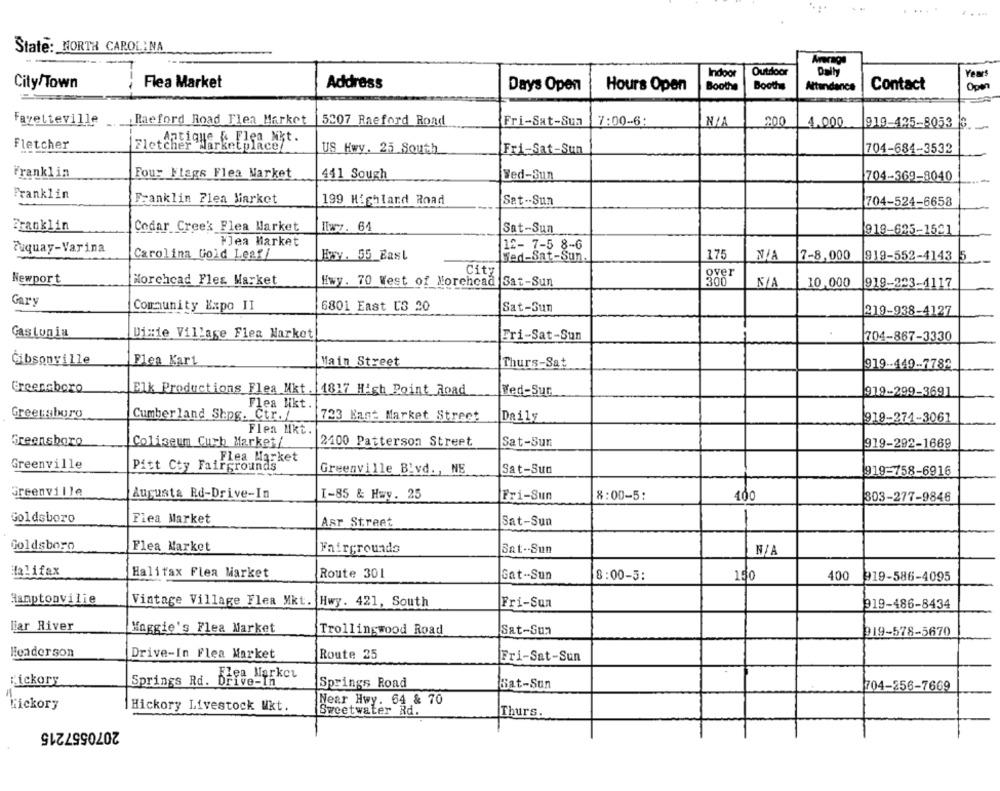
. ...
State: NORTH CAROLINA
Average
Indoor
Outdoor
Daly
Years
City/Town
--
Flea Market
Address
Days Open
Hours Open
Boothe
Booths
Attendance
Contact
Open
Fayetteville __ Raeford Road Flea Market
5207 Raeford Rond
Fri-Sat-Sun
7:00-6
200
4.000
919-435-8053 6.
Antique & Flea Nit.
Fletcher
Fletcher Marketplace/
US Hwy. 25 South
Fri-Sat-Sun
704-684-3532
Franklin
Four Flags Flea Market
411 Sough
Wed-Sun
704-369-8040
Franklin
Franklin Flea Market
199 Highland Road
Sat-Sun
704-524-6658
Franklin
Cedar Creek Flea Market
Itwy. 64
Sat-Sun
919-625-1521
Flea Market
12- 7-5 8-6
Fuquay-Varina
Carolina Gold Leaf/
Esy. 55 Bast
Hed-Sat-Sun.
175
7-8,000
919-552-4143 5
City
over
Newport
Morehead Fles Market
Hwy. 70 West of Morehcad Sat-Sun
300
10,000
919-223-4117
Gary
Community Kapo II
6801 East CS 20
Sat-Sun
219-938-4127
Gastonia
Dixie Village Flea Market
Fri-Sat-Sun
704-867-3330
Čibsonville
Flea Kart
Main Street
Thurs-Sat
919 -- 449-7782
Greensboro
Elk Productions Flea Mkt . [1817 High Point Road
Wed-Sur
919-299-3691
Flea Nikt.
Greensboro
Cumberland Shpg. Ctr. /
723 Kast Market Street
Daily
919-274-3061
Flea Mkt.
Greensboro
Coliseum Curb Market/
2400 Patterson Street
Sat-Sun
919-292-1669
Flea Market
Greenville
Pitt Cty Fairgrounds
Greenville B'vd ., NE
Sat-Sun
919-758-6916
Greenville
Augusta Rd-Drive-In
I-85 & Hwy. 25
Fri-Sun
8:00-5:
400
803-277-9846
Goldsboro
Flea Market
Sat-Sun
-
Asr Street
Goldsboro
Flea Market
Fairgrounds
Sat-Sun
Halifax
Halifax Flea Market
Route 301
Sat-Sun
8:00-5:
150
400
919-586-4095
Hamptonvilie
Vintage Village Flea Mkt. Hwy. 421, South
Fri-Sun
919-486-8434
liar River
Maggie's Flea Market
Trollingwood Road
Sat-Sun
919-578-5670
Henderson
Drive-In Flea Market
Route 25
Fri-Sat-Sun
Springs Rd. Bipa Market
Hickory
Springs Road
Sat-Sun
704-256-7669
Hickory
Near Hwy. 64 & 70
Hickory Livestock Wkt.
Sweetwater Rd.
Thurs
2070557215